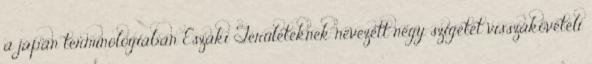
a japán terminológiában Északi Területeknek nevezett négy szigetet visszaköveteli